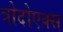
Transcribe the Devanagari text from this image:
त्रोदोएक्स